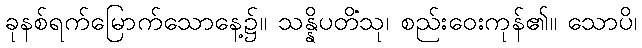
ခုနစ်ရက်မြောက်သောနေ့၌။ သန္နိပတိံသု၊ စည်းဝေးကုန်၏။ သောပိ၊